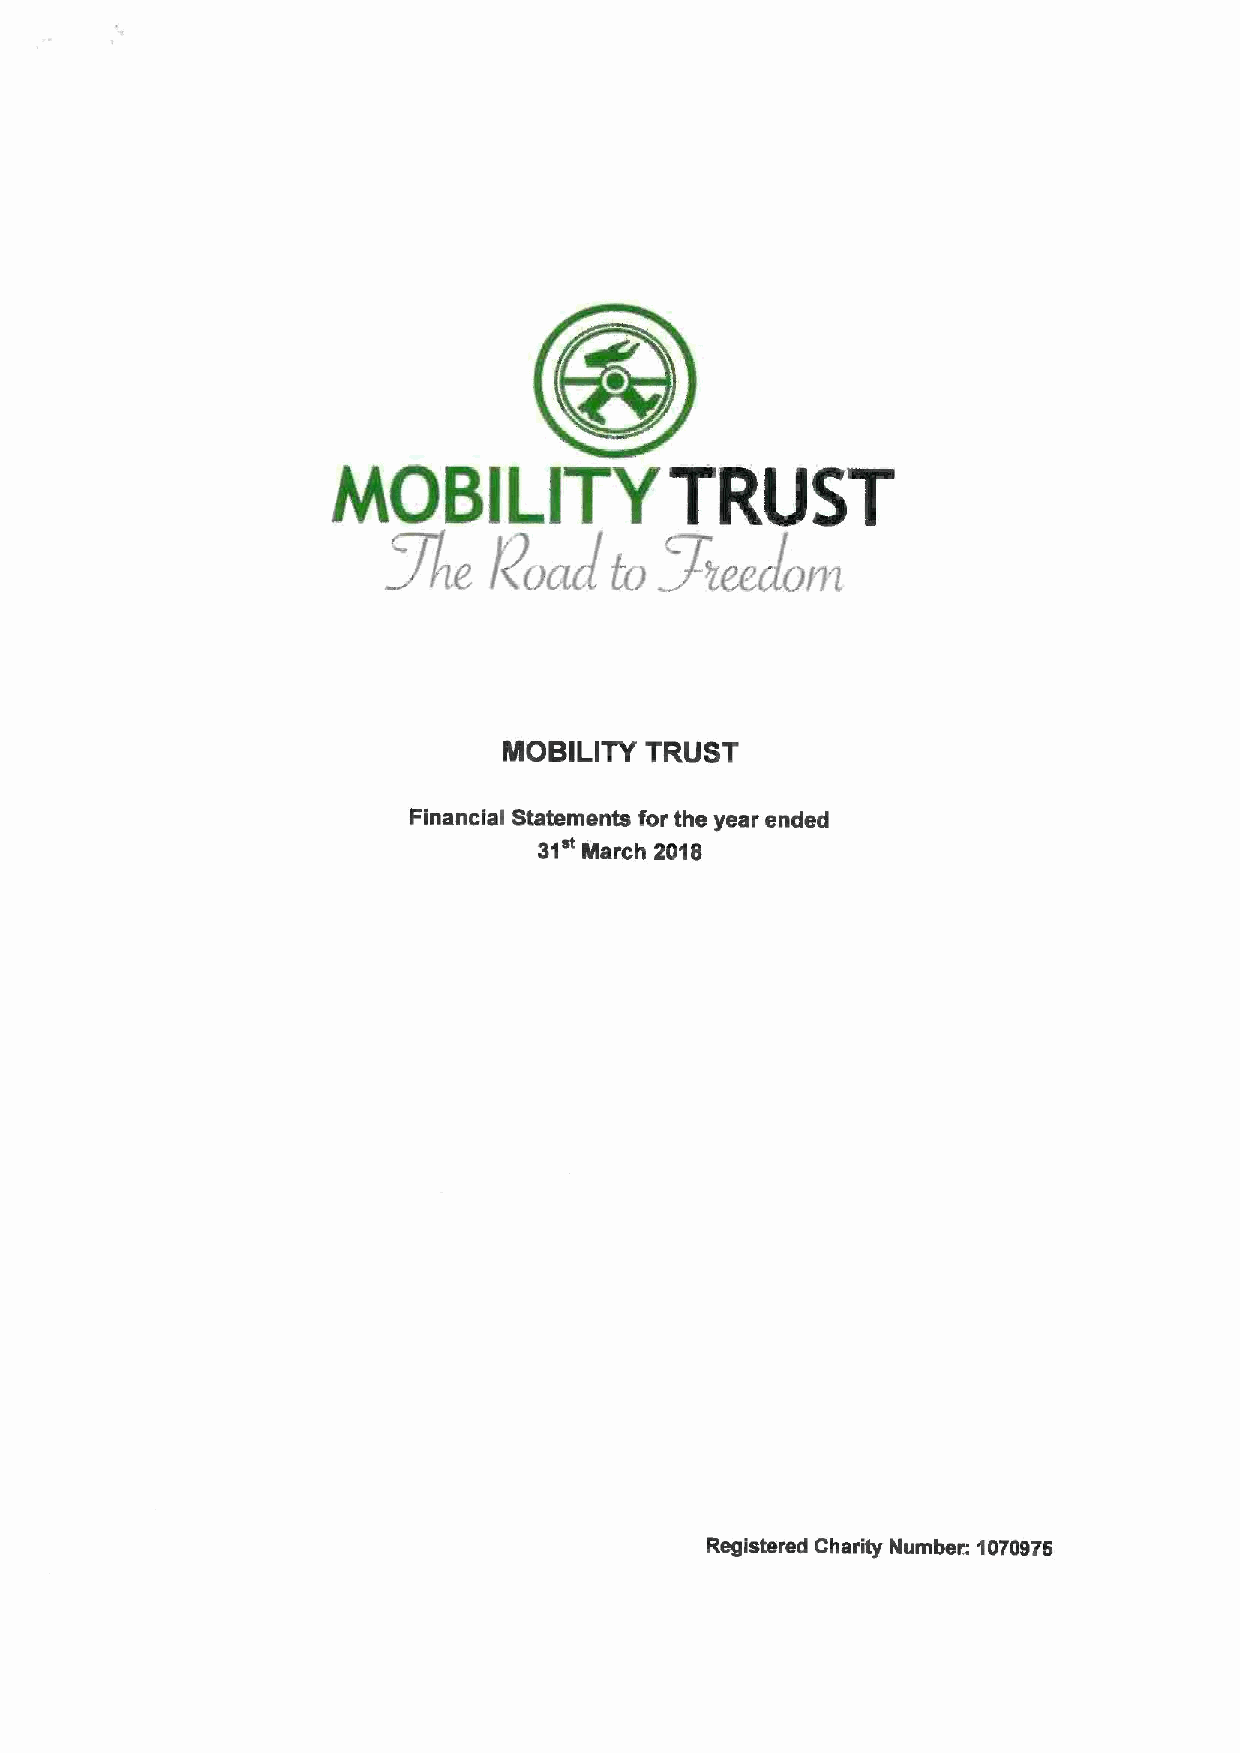
MOBILITY              TRUST
 J
 %ee
 7/~e                     Jam
 k&&a    h&
 MOBILITY  TRUST
 Financial Statements for the year ended
 31 March 2018
 :
 Registered Charity Number. 1070975